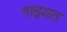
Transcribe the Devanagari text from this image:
गाइयत